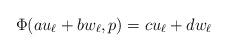
LaTeX: \begin{align*}\Phi(au_\ell + b w_\ell, p) = c u_\ell + d w_\ell\end{align*}